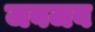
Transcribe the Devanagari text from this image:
जबजब